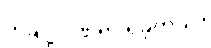
တချို့ ဒဏ်ရာ ရခဲ့တယ်။